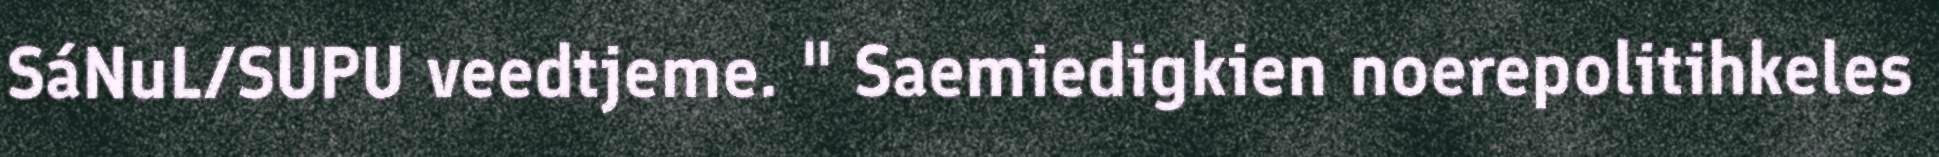
SáNuL/SUPU veedtjeme. " Saemiedigkien noerepolitihkeles